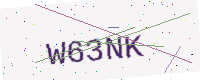
Text: W63NK